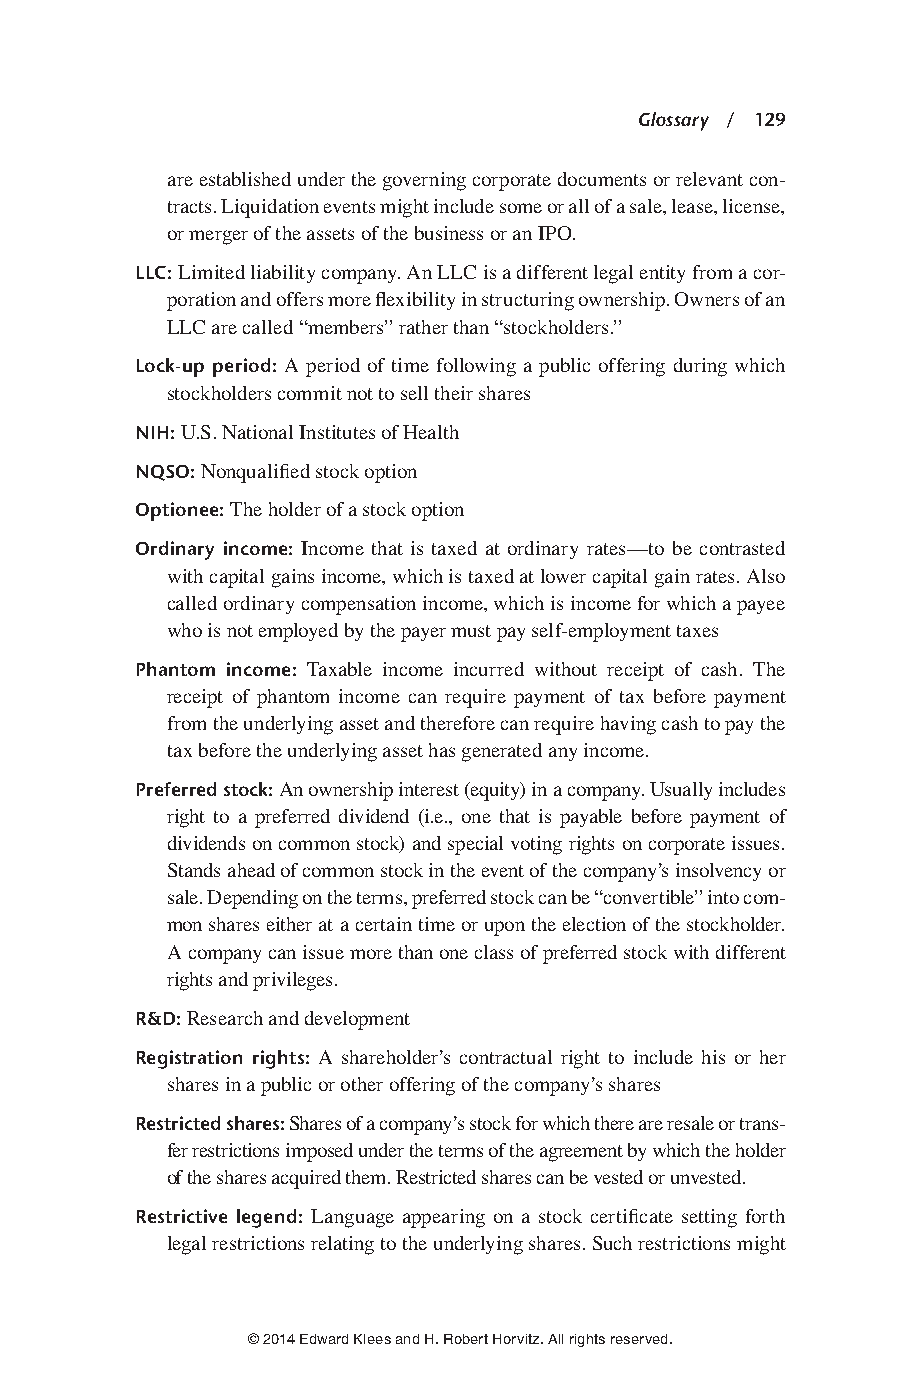
Glossary / 129
 are established under the governing corporate documents or relevant con-
 tracts. Liquidation events might include some or all of a sale, lease, license,
 or merger of the assets of the business or an IPO.
 LLC: Limited liability company. An LLC is a different legal entity from a cor-
 poration and offers more flexibility in structuring ownership. Owners of an
 LLC are called “members” rather than “stockholders.”
 Lock-up period: A period of time following a public offering during which
 stockholders commit not to sell their shares
 NIH: U.S. National Institutes of Health
 NQSO: Nonqualified stock option
 Optionee: The holder of a stock option
 Ordinary income: Income that is taxed at ordinary rates—to be contrasted
 with capital gains income, which is taxed at lower capital gain rates. Also
 called ordinary compensation income, which is income for which a payee
 who is not employed by the payer must pay self-employment taxes
 Phantom income: Taxable income incurred without receipt of cash. The
 receipt of phantom income can require payment of tax before payment
 from the underlying asset and therefore can require having cash to pay the
 tax before the underlying asset has generated any income.
 Preferred stock: An ownership interest (equity) in a company. Usually includes
 right to a preferred dividend (i.e., one that is payable before payment of
 dividends on common stock) and special voting rights on corporate issues.
 Stands ahead of common stock in the event of the company’s insolvency or
 sale. Depending on the terms, preferred stock can be “convertible” into com-
 mon shares either at a certain time or upon the election of the stockholder.
 A company can issue more than one class of preferred stock with different
 rights and privileges.
 R&D: Research and development
 Registration rights: A shareholder’s contractual right to include his or her
 shares in a public or other offering of the company’s shares
 Restricted shares: Shares of a company’s stock for which there are resale or trans-
 fer restrictions imposed under the terms of the agreement by which the holder
 of the shares acquired them. Restricted shares can be vested or unvested.
 Restrictive legend: Language appearing on a stock certificate setting forth
 legal restrictions relating to the underlying shares. Such restrictions might
 © 2014 Edward Klees and H. Robert Horvitz. All rights reserved.